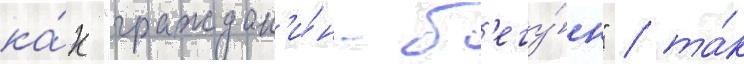
ка́к "граждан'и́н-б'егу́н" / та́к